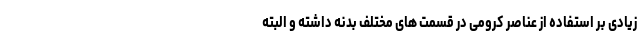
زیادی بر استفاده از عناصر کرومی در قسمت های مختلف بدنه داشته و البته